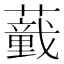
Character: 𱾸